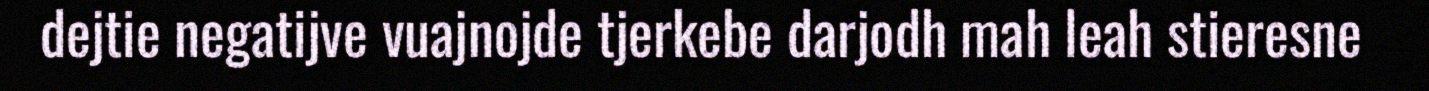
dejtie negatijve vuajnojde tjerkebe darjodh mah leah stieresne